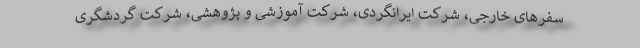
سفرهای خارجی، شرکت ایرانگردی، شرکت آموزشی و پژوهشی، شرکت گردشگری